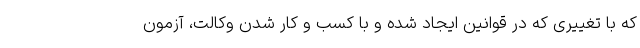
که با تغییری که در قوانین ایجاد شده و با کسب و کار شدن وکالت، آزمون